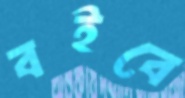
বইবে